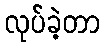
လုပ်ခဲ့တာ